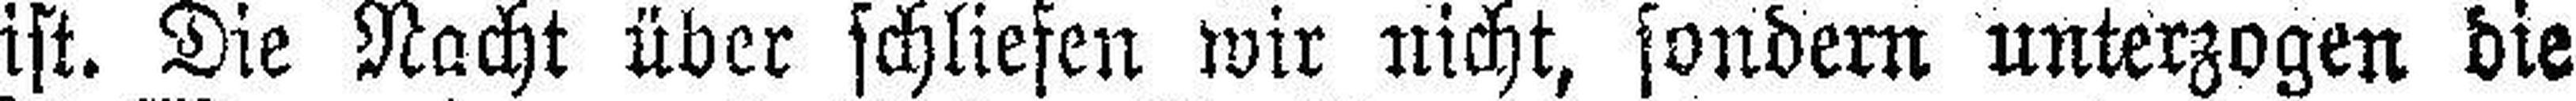
ist. Die Nacht über schliefen wir nicht, sondern unterzogen die